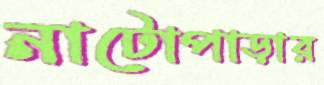
নাটোপাড়ার